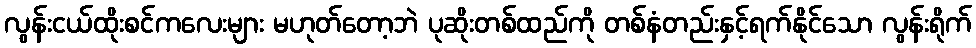
လွန်းငယ်ထိုးစင်ကလေးများ မဟုတ်တော့ဘဲ ပုဆိုးတစ်ထည်ကို တစ်နံတည်းနှင့်ရက်နိုင်သော လွန်းရိုက်